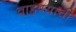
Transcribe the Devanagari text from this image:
वाहण्‍याची